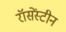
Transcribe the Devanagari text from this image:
रॉसेंस्टीन